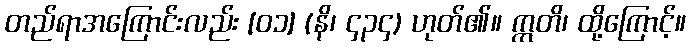
တည်ရာအကြောင်းလည်း [၀၁] (နိ၊ ၄၃၄) ဟုတ်၏။ ဣတိ၊ ထို့ကြောင့်။